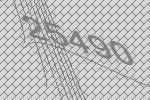
25490